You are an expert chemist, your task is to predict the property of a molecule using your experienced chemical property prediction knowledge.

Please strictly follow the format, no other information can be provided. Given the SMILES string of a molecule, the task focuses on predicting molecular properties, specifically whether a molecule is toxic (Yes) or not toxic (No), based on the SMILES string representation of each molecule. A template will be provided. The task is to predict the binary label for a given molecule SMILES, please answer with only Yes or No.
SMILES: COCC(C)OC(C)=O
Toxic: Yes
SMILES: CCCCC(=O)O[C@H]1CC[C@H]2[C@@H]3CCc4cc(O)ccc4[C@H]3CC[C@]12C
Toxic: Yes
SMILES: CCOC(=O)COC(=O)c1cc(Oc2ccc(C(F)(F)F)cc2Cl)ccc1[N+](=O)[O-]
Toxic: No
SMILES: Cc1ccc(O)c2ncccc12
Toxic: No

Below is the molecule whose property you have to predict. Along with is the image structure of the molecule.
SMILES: O=C(O)CCCC[P+](c1ccccc1)(c1ccccc1)c1ccccc1
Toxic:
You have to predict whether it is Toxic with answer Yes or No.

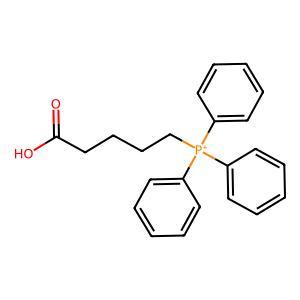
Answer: No